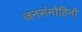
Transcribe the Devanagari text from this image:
जनसंमोहिनी